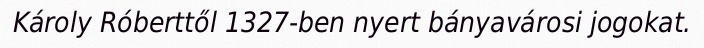
Károly Róberttől 1327-ben nyert bányavárosi jogokat.